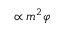
\propto m ^ { 2 } \varphi